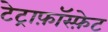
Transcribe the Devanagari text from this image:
टेट्राफ़ॉस्फ़ेट